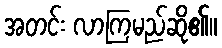
အတင်း လာကြမည်ဆို၏။